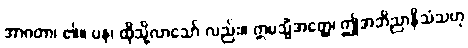
အာဂတာ၊ ၏။ ပန၊ ထိုသို့လာသော် လည်း။ ဣမသ္မိံအတ္ထေ၊ ဤအဘိညာနိသံသဟု